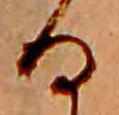
る